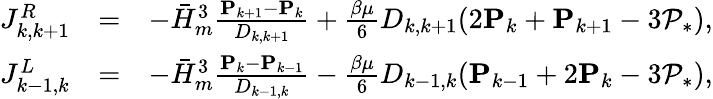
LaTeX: \begin{array}{rlr}{J_{k,k+1}^{R}}&{=}&{-\bar{H}_{m}^{3}\frac{\mathbf{P}_{k+1}-\mathbf{P}_{k}}{D_{k,k+1}}+\frac{\beta\mu}{6}D_{k,k+1}(2\mathbf{P}_{k}+\mathbf{P}_{k+1}-3\mathcal{P}_{*}),}\\ {J_{k-1,k}^{L}}&{=}&{-\bar{H}_{m}^{3}\frac{\mathbf{P}_{k}-\mathbf{P}_{k-1}}{D_{k-1,k}}-\frac{\beta\mu}{6}D_{k-1,k}(\mathbf{P}_{k-1}+2\mathbf{P}_{k}-3\mathcal{P}_{*}),}\end{array}